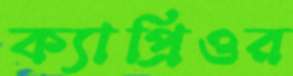
ক্যাপ্রিওর